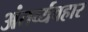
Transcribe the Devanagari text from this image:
अंतर्व्यवहार